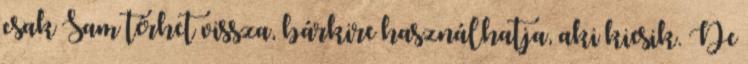
csak Sam térhet vissza, bárkire használhatja, aki kiesik. De